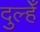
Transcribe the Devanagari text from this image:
दुल्हेँ